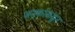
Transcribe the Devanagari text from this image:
जनुकांकडुन